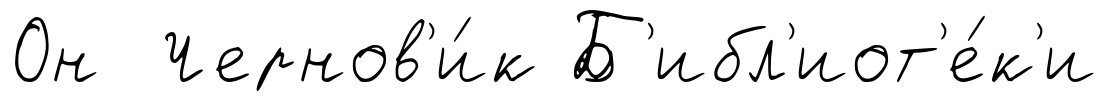
Он Чернов'и́к Б'ибл'иот'е́к'и